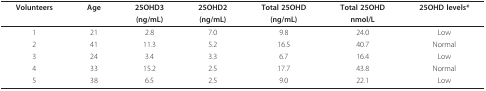
<table><thead><tr><td><b>Volunteers</b></td><td><b>Age</b></td><td><b>25OHD3</b></td><td><b>25OHD2</b></td><td><b>Total 25OHD</b></td><td><b>Total 25OHD</b></td><td><b>25OHD levels*</b></td></tr><tr><td></td><td></td><td><b>(ng/mL)</b></td><td><b>(ng/mL)</b></td><td><b>(ng/mL)</b></td><td><b>nmol/L</b></td><td></td></tr></thead><tbody><tr><td>1</td><td>21</td><td>2.8</td><td>7.0</td><td>9.8</td><td>24.0</td><td>Low</td></tr><tr><td>2</td><td>41</td><td>11.3</td><td>5.2</td><td>16.5</td><td>40.7</td><td>Normal</td></tr><tr><td>3</td><td>24</td><td>3.4</td><td>3.3</td><td>6.7</td><td>16.4</td><td>Low</td></tr><tr><td>4</td><td>33</td><td>15.2</td><td>2.5</td><td>17.7</td><td>43.8</td><td>Normal</td></tr><tr><td>5</td><td>38</td><td>6.5</td><td>2.5</td><td>9.0</td><td>22.1</td><td>Low</td></tr></tbody></table>